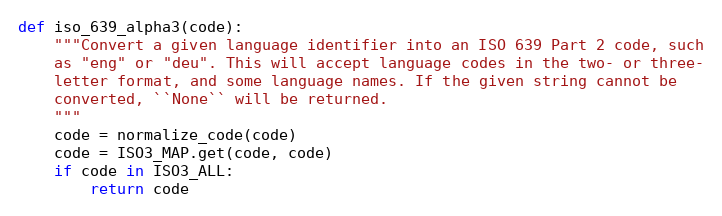
Language: Python
def iso_639_alpha3(code):
    """Convert a given language identifier into an ISO 639 Part 2 code, such
    as "eng" or "deu". This will accept language codes in the two- or three-
    letter format, and some language names. If the given string cannot be
    converted, ``None`` will be returned.
    """
    code = normalize_code(code)
    code = ISO3_MAP.get(code, code)
    if code in ISO3_ALL:
        return code